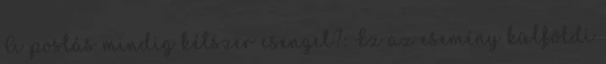
A postás mindig kétszer csenget?: Ez az esemény külföldi